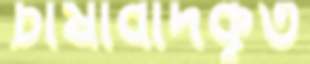
চাষাবাদকৃত